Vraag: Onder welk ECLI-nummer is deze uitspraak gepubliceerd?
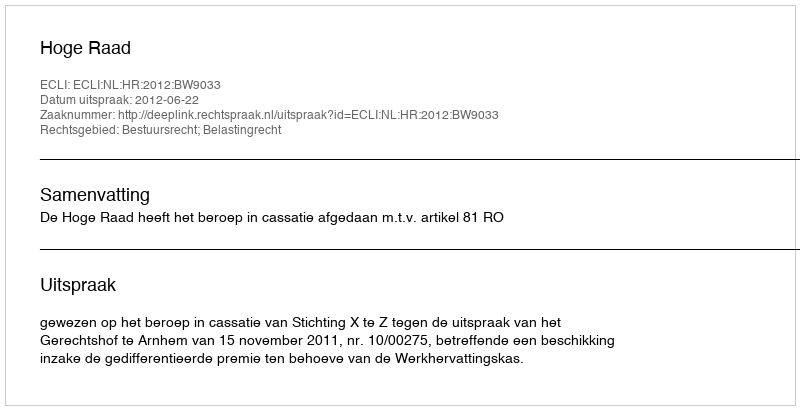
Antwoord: ECLI:NL:HR:2012:BW9033